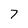
Character: 7